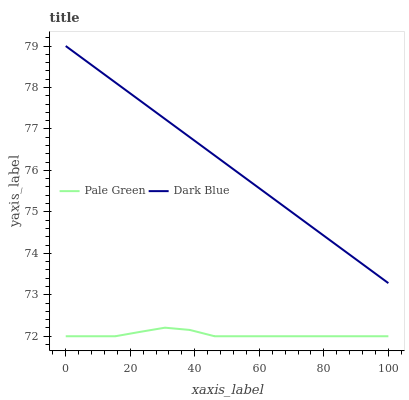
| xaxis_label | Pale Green | Dark Blue |
 | --- | --- | --- |
 | 0 | 72 | 79 |
 | 7.69 | 72 | 78.6 |
 | 15.4 | 72 | 78.1 |
 | 23.1 | 72.1 | 77.7 |
 | 30.8 | 72.2 | 77.2 |
 | 38.5 | 72.2 | 76.8 |
 | 46.2 | 72 | 76.4 |
 | 53.8 | 72 | 75.9 |
 | 61.5 | 72 | 75.5 |
 | 69.2 | 72 | 75 |
 | 76.9 | 72 | 74.6 |
 | 84.6 | 72 | 74.2 |
 | 92.3 | 72 | 73.7 |
 | 100 | 72 | 73.3 |